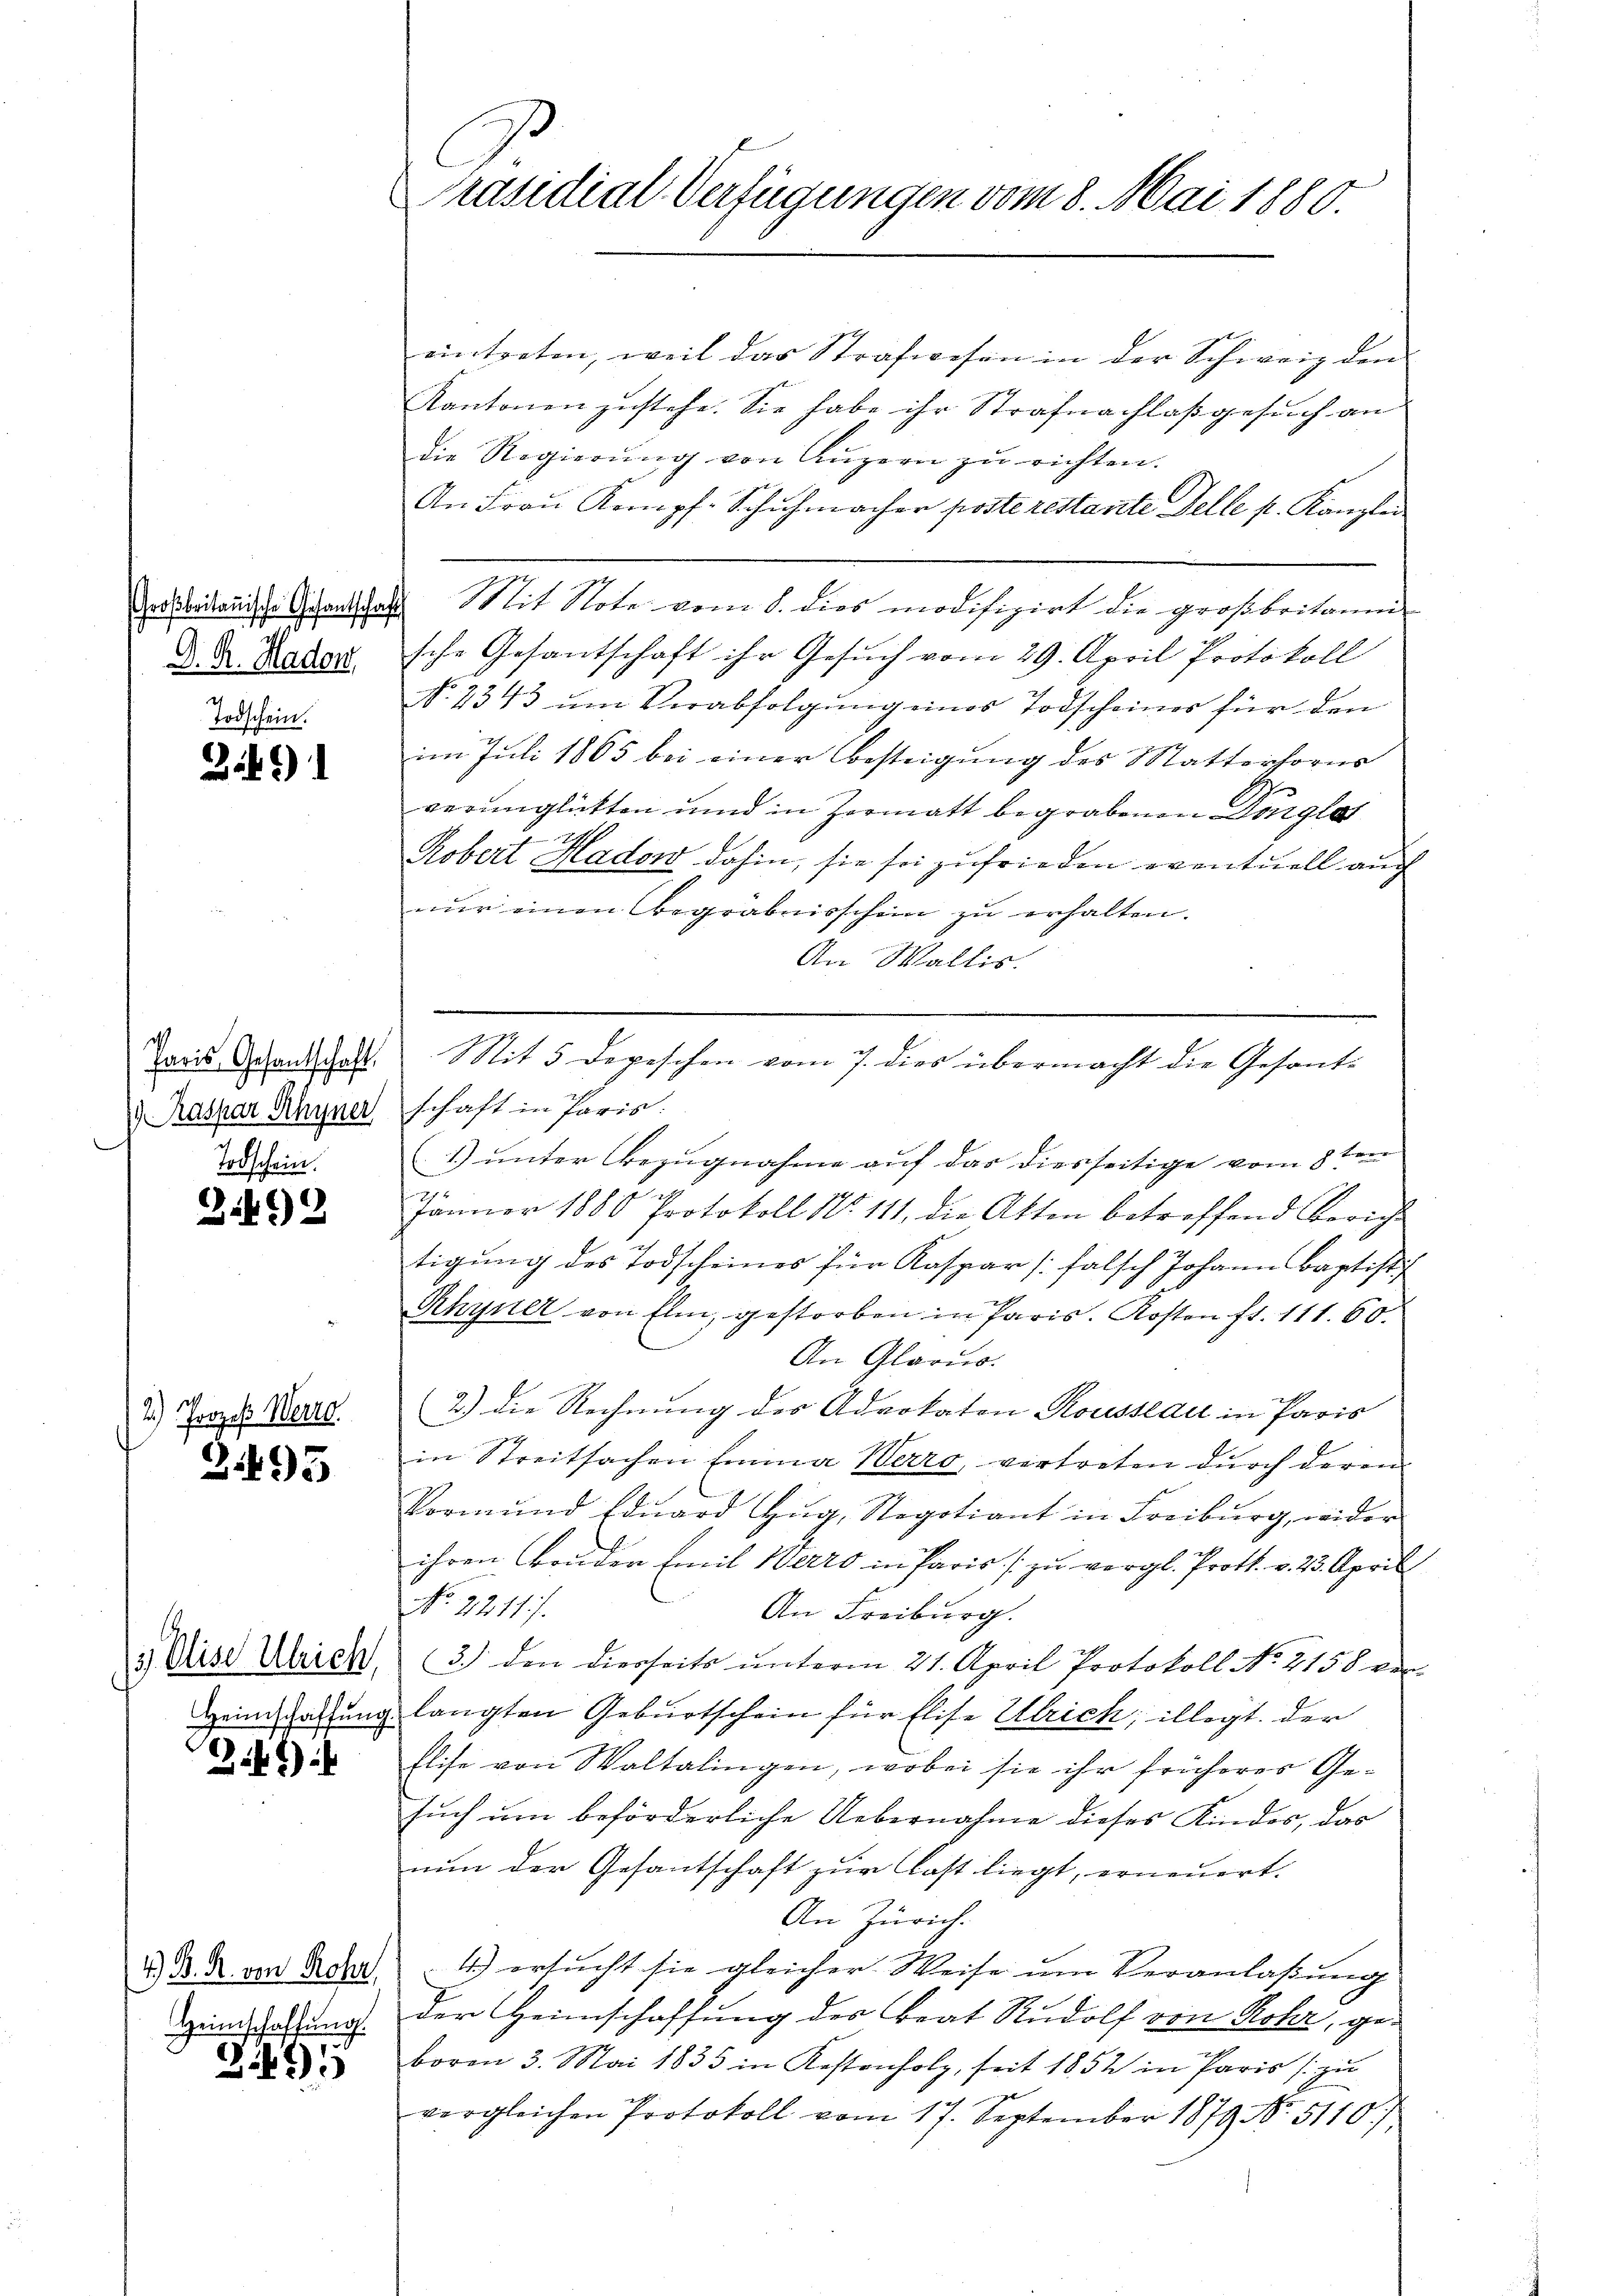
D. R. Hadon.

Bi491

Paris Gesantschaft
 Kaspar Rhyner

2142

2.) Prozeß Werte

.95

15. Elise Ulrich
Heimschaffung

241)

4.) B. R. von Rohr,
Heimschaffung.

3495

Präsidial-Verfügungen vom 8. Mai 1880.

eintreten, weil das Strafwesen in der Schweiz den
Kantonen zustehe. Sie habe ihr Strafnachlaß gesuch an
die Regierŭng von Luzern zŭ richten.
An Frau Kompf. Schuhmachen posterestante Delle p. Kanzle
Forstadtanische Gesantschaft Mit Note vom 8. dies modifizirt die großbritanni-
sche Gesantschaft ihr Gesuch vom 29. April Protokoll
No. 2343 um Verabfolgung eines Todscheines für den
im Juli 1865 bei einer besteigung des Matterhorns
verunglickten und in Zormatt begrabenen Donglos

Robert Hadow dahin, sie sei zufrieden eventuell auch
nur einen Begräbnisschein zu erhalten.
An Wallis.
schaft in Paris.
1) unter Bezugnahme auf das diesseitige vom 8ten
n
Januar 1880 Protokoll No 111, die Akten betreffend Bericht
tigung des Todscheines für Kaspar [falsch Johann Baptistis
Rhyner von Elm, gestorben in Paris. Kosten ft. 111. 60.
An Glarus.
2.) die Rechnung des Advokaton Rousseau in Paris
in Streitsachen Emina Werro, vertreten durch deren
Vormund Edŭard Zŭg, Negotiant in Freiburg, wider
ihren Bonder Emil Werto in Paris zu vergl. Proth. v. 23. April
No. 2211 f.
An Freiburg.
3.) den diesseits unterm 21. April Protokoll No 2158 ver-
langten Geburtschein für Elise Ulrich; illigt. Der
Elise von Waltalingen, wobei sie ihr früheres Gesuch um beförderliche Uebernahme dieses Kindes, das
nun der Gesantschaft zur Last liegt, erneuert.
An Zürich.
1) ersucht sie gleicher Weise um Veranlaßung
der Heimschaffung des Brat Rudolf von Rohr, ge-
boren 3. Mai 1833 in Kostenfolg, seit 1852 in Paris zu
vergleichen Protokoll vom 17. September 1879 No. 5110),

Mit 5 Depeschen vom 7. dies übermacht die Gesant-